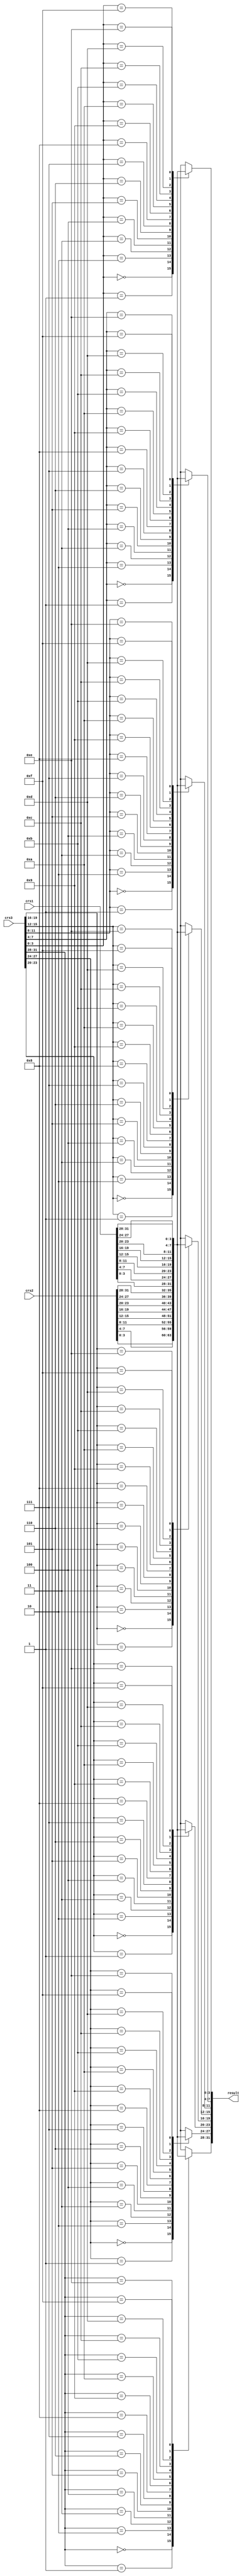

//
// module: b_lut
//
//  Implements the core logic for the xc.lut instruction.
//
module b_lut (

input  wire [31:0] crs1  , // Source register 1 (LUT input)
input  wire [31:0] crs2  , // Source register 2 (LUT bottom half)
input  wire [31:0] crs3  , // Source register 3 (LUT top half)

output wire [31:0] result  //

);


wire [ 3:0] lut_arr [15:0];
wire [63:0] lut_con = {crs1, crs2};

genvar i;
generate for (i = 0; i < 16; i = i + 1) begin

    assign lut_arr[i] = lut_con[4*i+3:4*i];

end endgenerate


genvar j;
generate for (j = 0; j < 8; j = j + 1) begin

    assign result[4*j+3:4*j] = lut_arr[crs3[4*j+3:4*j]];

end endgenerate

endmodule